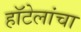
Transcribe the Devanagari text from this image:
हॉटेलांचा